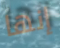
إنها